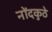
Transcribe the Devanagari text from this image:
नोंदकुठे